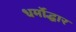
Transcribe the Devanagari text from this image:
धर्मोद्धार